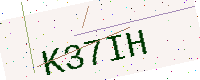
Text: K37IH